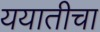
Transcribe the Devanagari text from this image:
ययातीचा